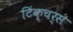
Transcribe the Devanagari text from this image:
टिंक्चर्स